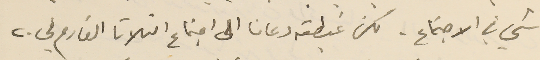
شي في الاجتماع. لكن غبطته دعانا الى اجتماع الثلاثا القادم في ٢٠